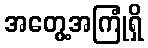
အတွေ့အကြုံရှိ